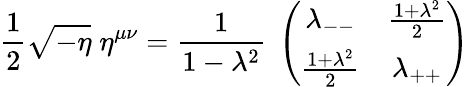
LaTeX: {\frac{1}{2}}\sqrt{-\eta}\; \eta^{\mu\nu}={\frac{1}{1-\lambda^{2}}}\; \left(\begin{array}{cc}{{{\lambda_{--}}}}&{{{{\frac{1+\lambda^{2}}{2}}}}}\\ {{{{\frac{1+\lambda^{2}}{2}}}}}&{{{\lambda_{++}}}}\end{array}\right)